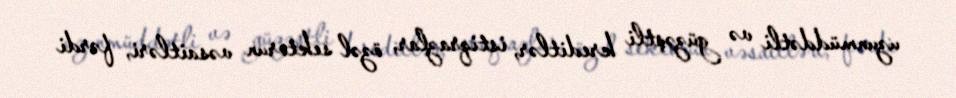
uzunmüddətli və güzəştli kreditlər, istiqrazlar, özəl sektorun vəsaitləri, fərdi